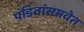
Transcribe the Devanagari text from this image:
पंडितांसमवेत